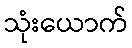
သုံးယောက်